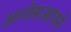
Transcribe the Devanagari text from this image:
आयेसआयने